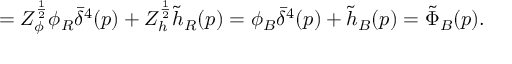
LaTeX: = Z _ { \phi } ^ { { \frac { 1 } { 2 } } } \phi _ { R } \bar { \delta } ^ { 4 } ( p ) + Z _ { h } ^ { { \frac { 1 } { 2 } } } \tilde { h } _ { R } ( p ) = \phi _ { B } \bar { \delta } ^ { 4 } ( p ) + \tilde { h } _ { B } ( p ) = \tilde { \Phi } _ { B } ( p ) .